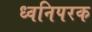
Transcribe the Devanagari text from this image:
ध्वनिपरक